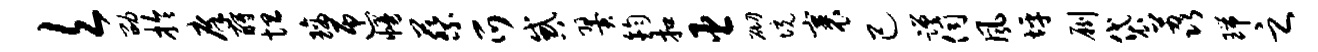
欠劭拎庠酹坦璃匝幔蔡爪惑翼钧扣臣砌境裹己蹉伺风坪劂袋荔瑞之